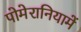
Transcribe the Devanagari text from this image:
पोमेरानियामें